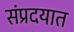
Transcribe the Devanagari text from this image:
संप्रदयात